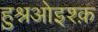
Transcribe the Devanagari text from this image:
हुश्नओइश्क़